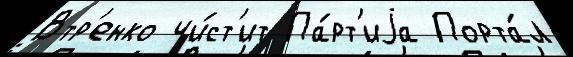
Втр'енко чи́ст'ит Па́рт'иjа Порта́л